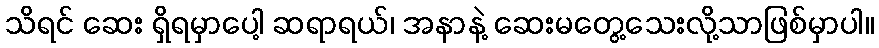
သိရင် ဆေး ရှိရမှာပေါ့ ဆရာရယ်၊ အနာနဲ့ ဆေးမတွေ့သေးလို့သာဖြစ်မှာပါ။